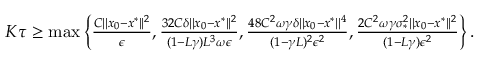
\begin{array} { r } { K \tau \geq \operatorname* { m a x } \left\lbrace \frac { C | | x _ { 0 } - x ^ { \ast } | | ^ { 2 } } { \epsilon } , \frac { 3 2 C \delta | | x _ { 0 } - x ^ { \ast } | | ^ { 2 } } { ( 1 - L \gamma ) L ^ { 3 } \omega \epsilon } , \frac { 4 8 C ^ { 2 } \omega \gamma \delta | | x _ { 0 } - x ^ { \ast } | | ^ { 4 } } { ( 1 - \gamma L ) ^ { 2 } \epsilon ^ { 2 } } , \frac { 2 C ^ { 2 } \omega \gamma \sigma _ { \ast } ^ { 2 } | | x _ { 0 } - x ^ { \ast } | | ^ { 2 } } { ( 1 - L \gamma ) \epsilon ^ { 2 } } \right\rbrace . } \end{array}